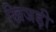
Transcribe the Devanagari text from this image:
खिजड़ी